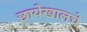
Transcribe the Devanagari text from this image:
छायेखालचे